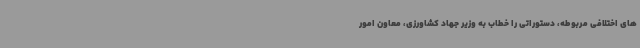
های اختلافی مربوطه، دستوراتی را خطاب به وزیر جهاد کشاورزی، معاون امور